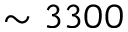
\sim 3 3 0 0